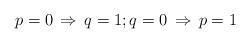
LaTeX: \begin{align*}p=0\,\Rightarrow\,q=1; q=0\,\Rightarrow\, p=1\end{align*}